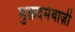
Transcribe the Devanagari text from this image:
मुक़दमेबाज़ी